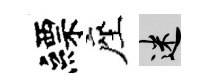
縹座迷